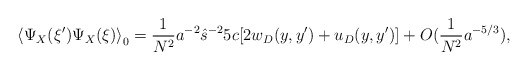
\begin{align*}\left\langle\Psi_X(\xi')\Psi_X(\xi) \right\rangle_0= \frac{1}{N^2}a^{-2}\hat{s}^{-2}5c[2w_D(y,y')+u_D(y,y')] +O(\frac{1}{N^2}a^{-5/3}),\end{align*}